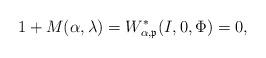
LaTeX: \begin{align*}1 + M(\alpha,\lambda) = W^*_{\alpha,\mathfrak{p}}(I, 0 ,\Phi) = 0,\end{align*}